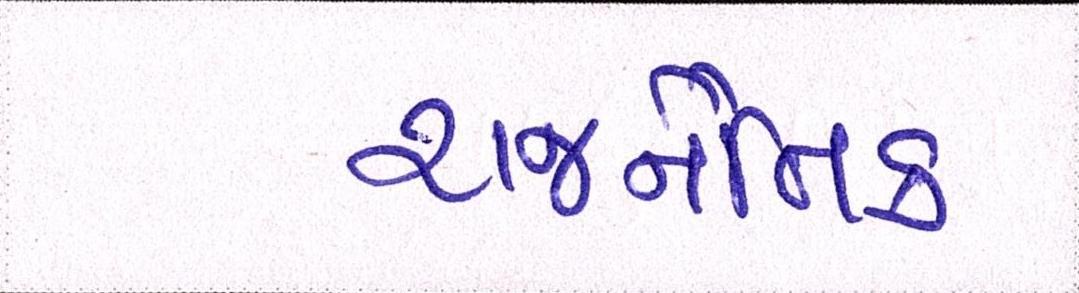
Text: રાજનૈતિક